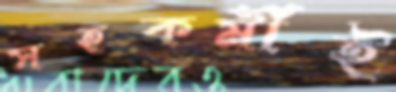
সহকর্মীই